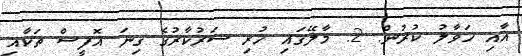
އާއި ހަވާލު ކުރުން. 2. މާލޭގައި ހުރި ސަރުކާރުގެ ގިނަ އޮފީސް ތަކާއި